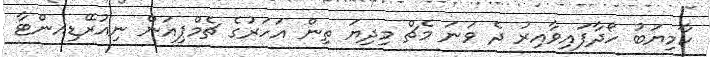
ކާމިޔަބު ހޯދާފައިވާއިރު ދެ ވަނަ މެޗް މިދިޔަ ތިން އަހަރުގެ ޗެމްޕިއަން ނިއުރޭޑިއންޓާ